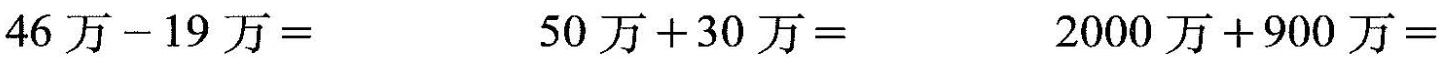
46万-19万=50万+30万=2000万+900万=